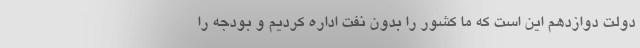
دولت دوازدهم این است که ما کشور را بدون نفت اداره کردیم و بودجه را